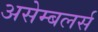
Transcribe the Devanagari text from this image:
असेम्बलर्स